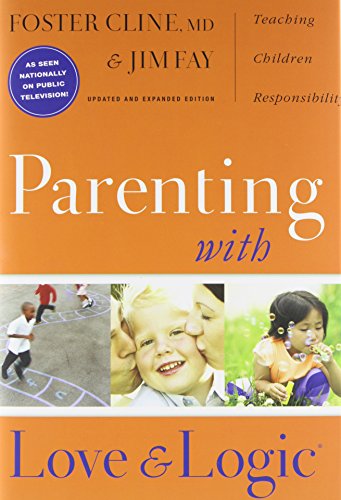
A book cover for Parenting With Love And Logic (Updated and Expanded Edition); Foster Cline; Parenting & Relationships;